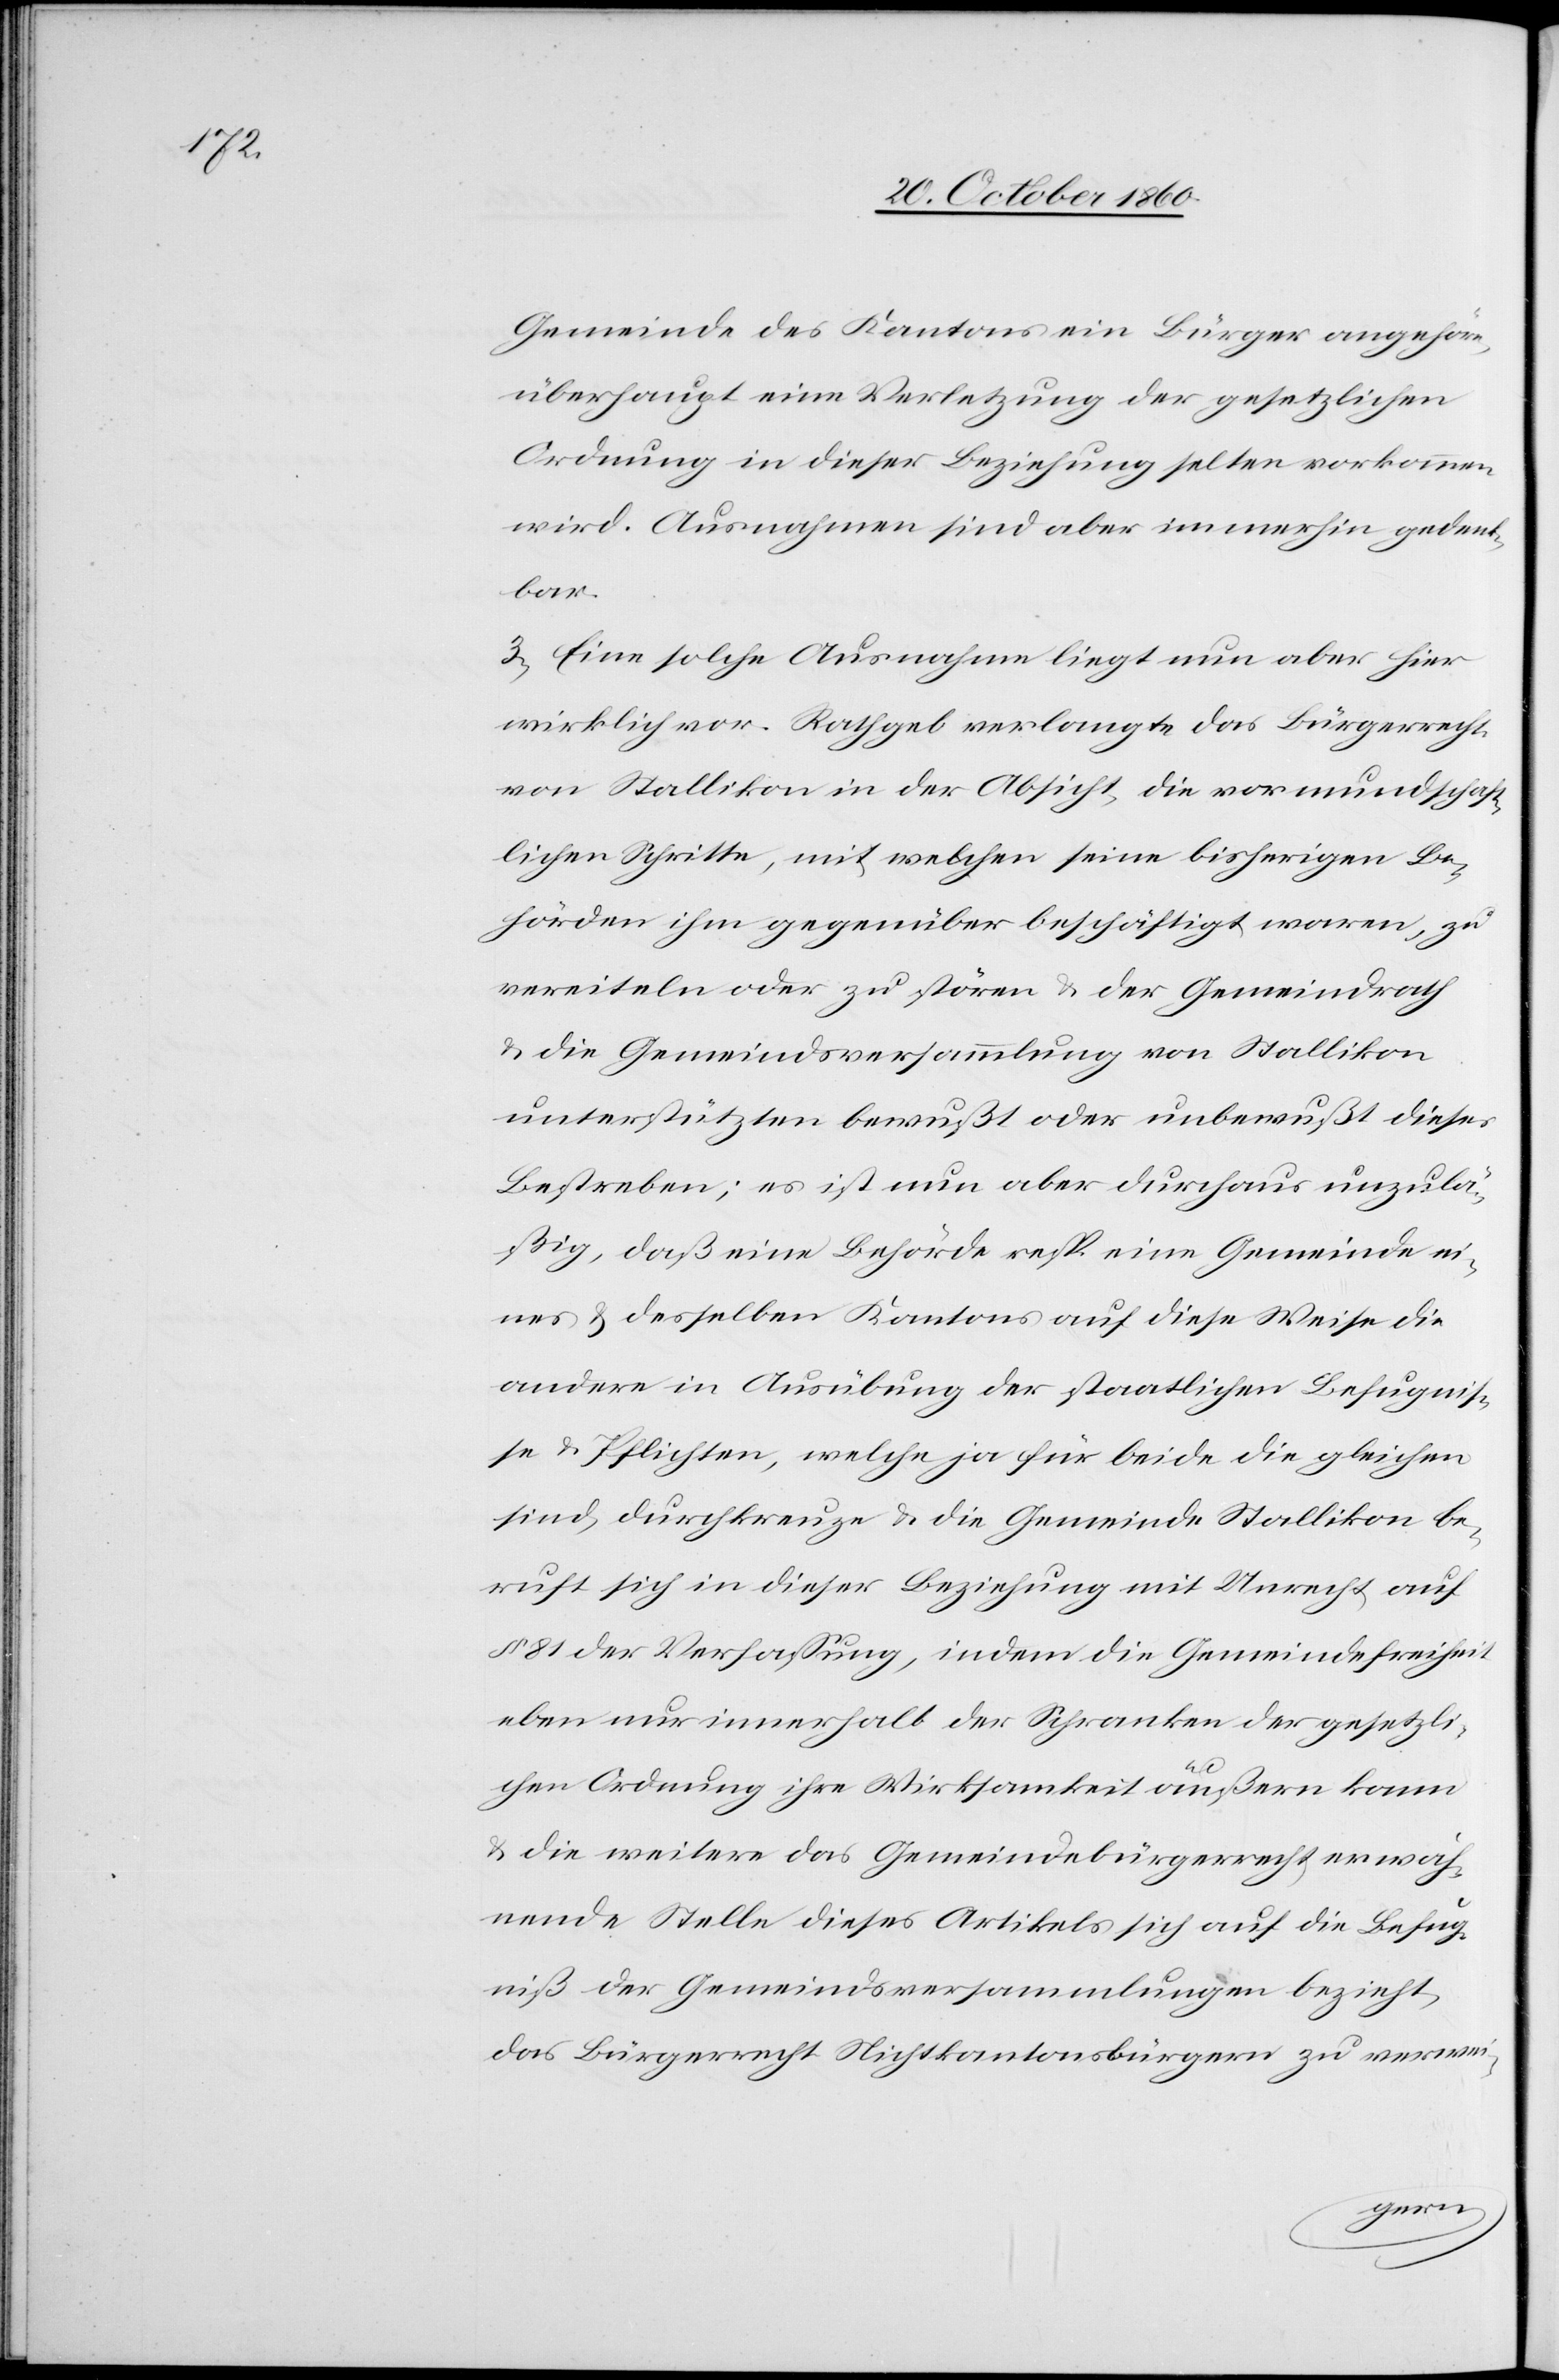
Gemeinde des Kantons ein Bürger angehöre,
überhaupt eine Verletzung der gesetzlichen
Ordnung in dieser Beziehung selten vorkommen
wird. Ausnahmen sind aber immerhin gedenk¬
bar.
3) Eine solche Ausnahme liegt nun aber hier
wirklich vor. Rathgeb verlangte das Bürgerecht
von Stallikon in der Absicht, die vormundschaft¬
lichen Schritte, mit welchen seine bisherigen Be¬
hörden ihm gegenüber beschäftigt waren, zu
vereiteln oder zu stören u. der Gemeindrath
u. die Gemeindsversammlung von Stallikon
unterstützten bewußt oder unbewußt dieses
Bestreben; es ist nun aber durchaus unzulä¬
ßig, daß eine Behörde resp. eine Gemeinde ei¬
nes u. desselben Kantons auf diese Weise die
andere in Ausübung der staatlichen Befugnis¬
se u. Pflichten, welche ja für beide die gleichen
sind, durchkreuze u. die Gemeinde Stallikon be¬
ruft sich in dieser Beziehung mit Unrecht auf
§ 81 der Verfassung, indem die Gemeindefreiheit
eben nur innerhalb der Schranken der gesetzli¬
chen Ordnung ihre Wirksamkeit äußern kann
u. die weitere das Gemeindebürgerrecht erwäh¬
nende Stelle dieses Artikels sich auf die Befug¬
niß der Gemeindsversammlungen bezieht,
das Bürgerrecht Nichtkantonsbürgern zu verwei-